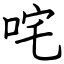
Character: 咤